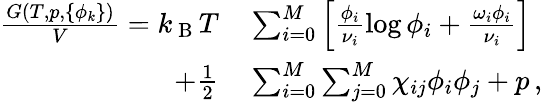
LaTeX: \begin{array}{rl}{\frac{G(T,p,\{ \phi_{k}\} )}{V}=k_{\mathrm{~B~}}T}&{{}\sum_{i=0}^{M}\left[\frac{\phi_{i}}{\nu_{i}}\log{\phi_{i}}+\frac{\omega_{i}\phi_{i}}{\nu_{i}}\right]}\\ {+\frac{1}{2}}&{{}\sum_{i=0}^{M}\sum_{j=0}^{M}\chi_{ij}\phi_{i}\phi_{j}+p\, ,}\end{array}